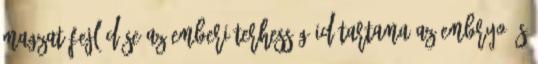
magzat fejlődése Az emberi terhesség időtartama Az embryo és